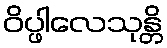
ဝိပ္ဖါလေသုန္တိ